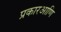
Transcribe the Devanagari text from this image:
प्रकारआणि